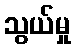
သွယ်မှု